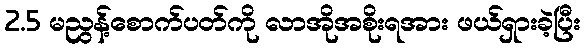
2.5 မညွန့်စောက်ပတ်ကို လာအိုအစိုးရအား ဖယ်ရှားခဲ့ပြီး